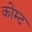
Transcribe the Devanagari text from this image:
कोम्ट